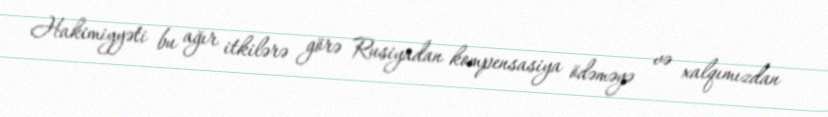
Hakimiyyəti bu ağır itkilərə görə Rusiyadan kompensasiya ödəməyə və xalqımızdan